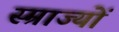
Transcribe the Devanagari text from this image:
स्म्राज्यों